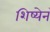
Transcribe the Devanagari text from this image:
शिष्येनं